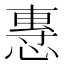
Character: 𢞯